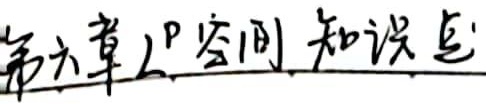
第六章  空间 知识点